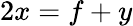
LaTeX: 2x=f+y